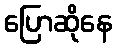
ပြောဆိုနေ